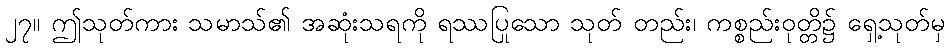
၂၇။ ဤသုတ်ကား သမာသ်၏ အဆုံးသရကို ရဿပြုသော သုတ် တည်း၊ ကစ္စည်းဝုတ္တိ၌ ရှေ့သုတ်မှ